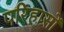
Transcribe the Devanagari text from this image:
परिहासों